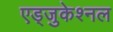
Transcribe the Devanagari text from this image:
एड्जुकेश्नल